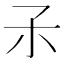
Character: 𡥀